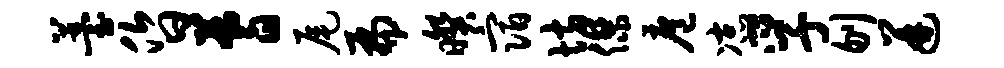
薹昏蓍尾扁暌宿坊杰扈凉孚刎迸